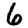
Digit: 6